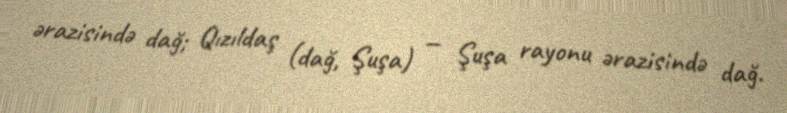
ərazisində dağ; Qızıldaş (dağ, Şuşa) — Şuşa rayonu ərazisində dağ.